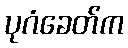
ပုဂံခေတ်က